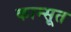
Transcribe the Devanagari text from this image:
कान्सूत